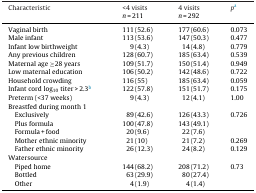
<table><thead><tr><td><b>Characteristic</b></td><td><b>&lt;4 visits</b></td><td><b>4 visits</b></td><td><b><i>p</i>a</b></td></tr><tr><td></td><td><b><i>n</i> = 211</b></td><td><b><i>n</i> = 292</b></td><td></td></tr></thead><tbody><tr><td>Vaginal birth</td><td>111 (52.6)</td><td>177 (60.6)</td><td>0.073</td></tr><tr><td>Male infant</td><td>113 (53.6)</td><td>147 (50.3)</td><td>0.477</td></tr><tr><td>Infant low birthweight</td><td>9 (4.3)</td><td>14 (4.8)</td><td>0.779</td></tr><tr><td>Any previous children</td><td>128 (60.7)</td><td>185 (63.4)</td><td>0.539</td></tr><tr><td>Maternal age ≥28 years</td><td>109 (51.7)</td><td>150 (51.4)</td><td>0.949</td></tr><tr><td>Low maternal education</td><td>106 (50.2)</td><td>142 (48.6)</td><td>0.722</td></tr><tr><td>Household crowding</td><td>116 (55)</td><td>185 (63.4)</td><td>0.059</td></tr><tr><td>Infant cord log<sub>10</sub> titer &gt; 2.3b</td><td>122 (57.8)</td><td>151 (51.7)</td><td>0.175</td></tr><tr><td>Preterm (&lt;37 weeks)</td><td>9 (4.3)</td><td>12 (4.1)</td><td>1.00</td></tr><tr><td colspan="4">Breastfed during month 1</td></tr><tr><td> Exclusively</td><td>89 (42.6)</td><td>126 (43.3)</td><td>0.726</td></tr><tr><td> Plus formula</td><td>100 (47.8)</td><td>143 (49.1)</td><td></td></tr><tr><td> Formula + food</td><td>20 (9.6)</td><td>22 (7.6)</td><td></td></tr><tr><td> Mother ethnic minority</td><td>21 (10)</td><td>21 (7.2)</td><td>0.269</td></tr><tr><td> Father ethnic minority</td><td>26 (12.3)</td><td>24 (8.2)</td><td>0.129</td></tr><tr><td colspan="4">Watersource</td></tr><tr><td> Piped home</td><td>144 (68.2)</td><td>208 (71.2)</td><td>0.73</td></tr><tr><td> Bottled</td><td>63 (29.9)</td><td>80 (27.4)</td><td></td></tr><tr><td> Other</td><td>4 (1.9)</td><td>4 (1.4)</td><td></td></tr></tbody></table>